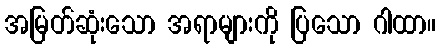
အမြတ်ဆုံးသော အရာများကို ပြသော ဂါထာ။